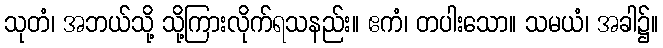
သုတံ၊ အဘယ်သို့ သို့ကြားလိုက်ရသနည်း။ ဧကံ၊ တပါးသော။ သမယံ၊ အခါ၌။